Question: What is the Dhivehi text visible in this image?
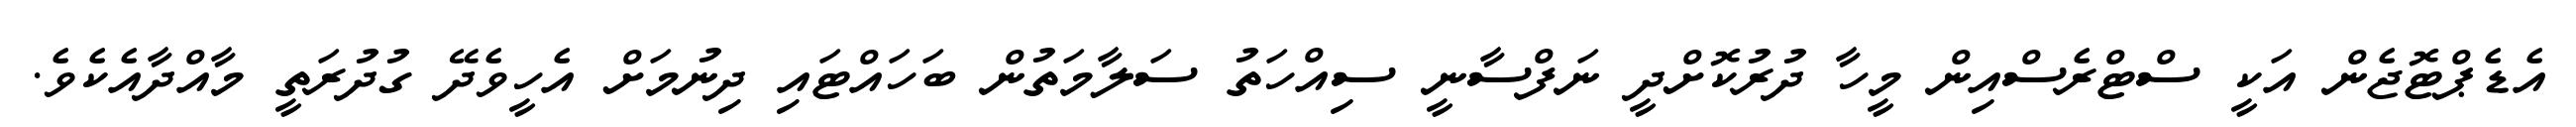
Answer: އެޑެޕްޓޮޖެން އަކީ ސްޓްރެސްއިން މީހާ ދުރުކޮށްދީ ނަފްސާނީ ސިއްހަތު ސަލާމަތުން ބަހައްޓައި ދިނުމަށް އެހީވެދޭ ގުދުރަތީ މާއްދާއެކެވެ.